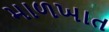
માળખાત